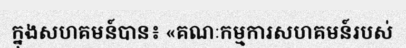
ក្នុងសហគមន៍បាន៖ «គណៈកម្មការសហគមន៍របស់